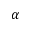
\alpha